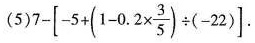
(5)$$7 - \left[ -5 + ( 1 - 0.2 \times \frac { 3 } { 5 } ) \div (- 2 2 )$$ .